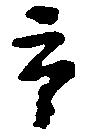
市